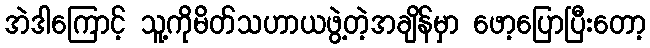
အဲဒါကြောင့် သူ့ကိုမိတ်သဟာယဖွဲ့တဲ့အချိန်မှာ ဖော့ပြောပြီးတော့